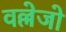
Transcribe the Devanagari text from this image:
वल्लेजो